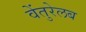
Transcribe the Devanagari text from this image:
वेंतुरेलब